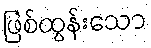
ဖြစ်ထွန်းသော